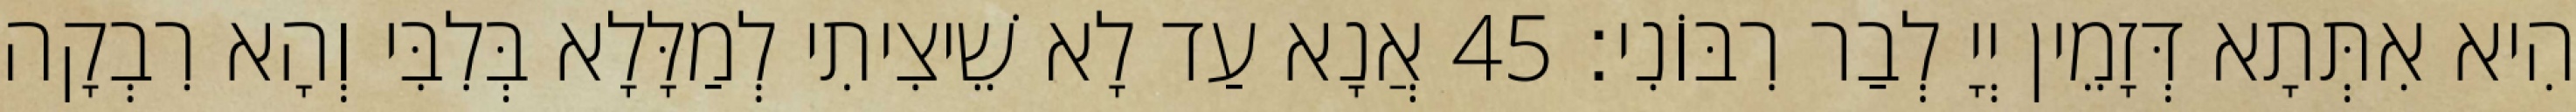
הִיא אִתְּתָא דְּזָמֵין יְיָ לְבַר רִבּוֹנִי׃ 45 אֲנָא עַד לָא שֵׁיצִיתִי לְמַלָּלָא בְּלִבִּי וְהָא רִבְקָה